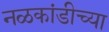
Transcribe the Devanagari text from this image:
नळकांडीच्या